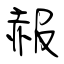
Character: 赧